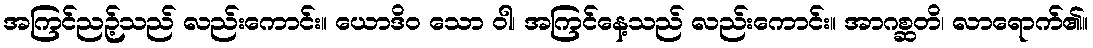
အကြင်ညဉ့်သည် လည်းကောင်း။ ယောဒိဝ သော ဝါ၊ အကြင်နေ့သည် လည်းကောင်း။ အာဂစ္ဆတိ၊ လာရောက်၏။